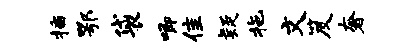
插鄂袋唧隹疑拖文笈奢